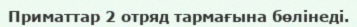
Приматтар 2 отряд тармағына бөлінеді.